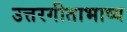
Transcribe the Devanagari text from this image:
उत्तरगीताभाष्य